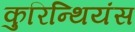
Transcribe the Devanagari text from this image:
कुरिन्थियंस